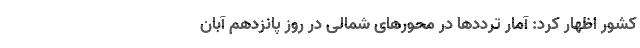
کشور اظهار کرد: آمار تردد‌ها در محور‌های شمالی در روز پانزدهم آبان